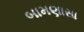
બામણાસા